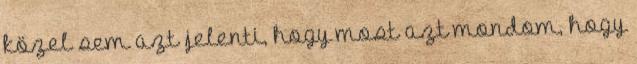
közel sem azt jelenti, hogy most azt mondom, hogy